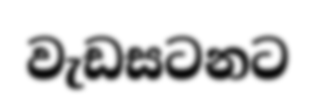
වැඩසටනට